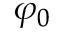
\varphi _ { 0 }